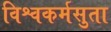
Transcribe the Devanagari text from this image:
विश्वकर्मसुता